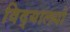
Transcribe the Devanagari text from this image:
विद्‌यालयों